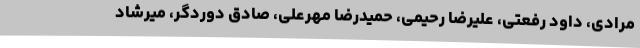
مرادی، داود رفعتی، علیرضا رحیمی،‌ حمیدرضا مهرعلی، صادق دوردگر، میرشاد